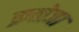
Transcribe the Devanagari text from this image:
क्रतोजा